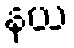
နယ